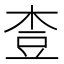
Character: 𪲓